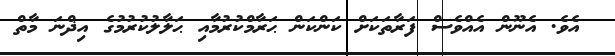
އެވެ. އެނޫން އެއްވެސް ފަރާތަކަށް ކަންކަން ޙަރާމްކުރުމާއި ޙަލާލުކުރުމުގެ އިޛްނަ މާތް